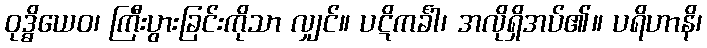
ဝုဒ္ဓိယေဝ၊ ကြီးပွားခြင်းကိုသာ လျှင်။ ပဋိကင်္ခါ၊ အလိုရှိအပ်၏။ ပရိဟာနိ၊